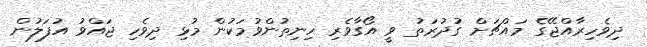
ދިވެހިރާއްޖޭގެ މައްޗަށް ގުދުރަތު ވީ އޯގާވެރި ހިނިތުންވުމަކުން މުޅި ދިވެހި ޖައްވު އުފަލުން